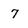
Character: 7